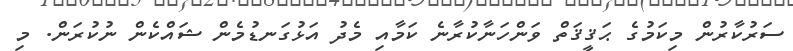
ސަރުކާރުން މިކަމުގެ ޙަޤީޤަތް ވަންހަނާކުރާނެ ކަމާއި މެދު އަޅުގަނޑުމެން ޝައްކެން ނުކުރަންް. މި